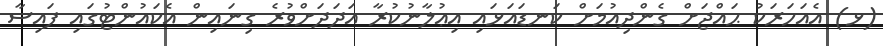
(ޅ) އެއަހަރަކު ޙައްޖަށް ގެންދިއުމަށް ކަނޑައަޅައި އިޢުލާނުކުރާ އަދަދަށްވުރެ ގިނައިން އެކައުންޓުގައި ފައިސާ